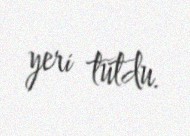
yeri tutdu.